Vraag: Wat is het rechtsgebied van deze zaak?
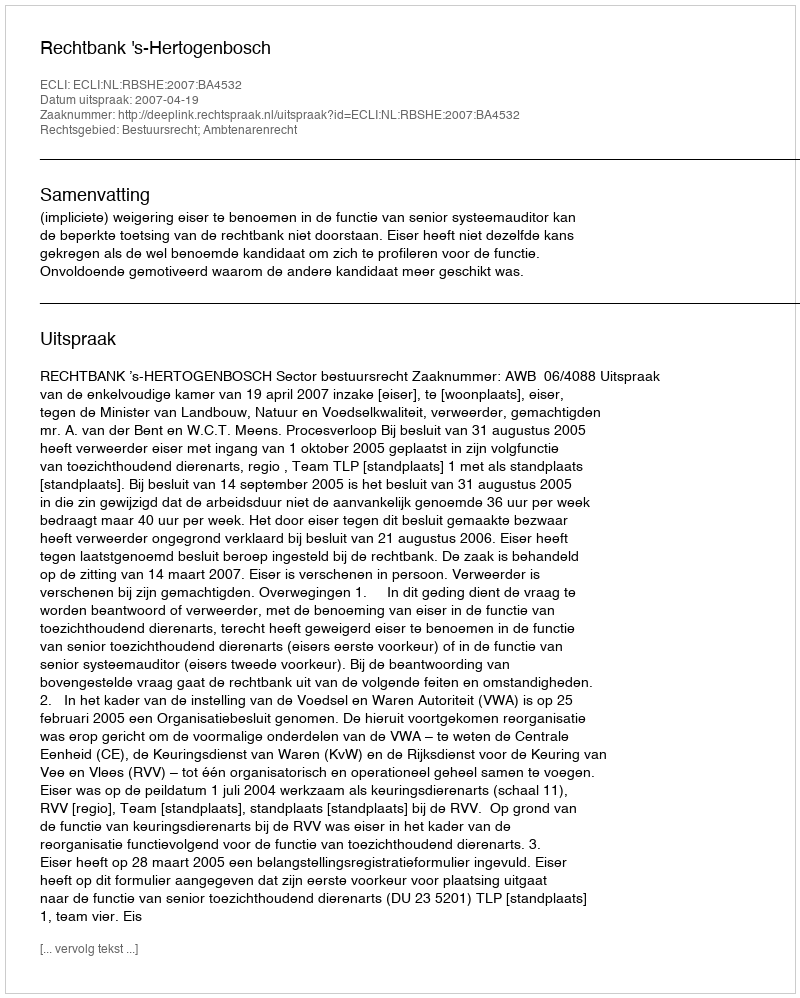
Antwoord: Bestuursrecht; Ambtenarenrecht